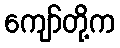
ကျော်တို့က